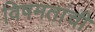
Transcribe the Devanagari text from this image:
विषमतांची